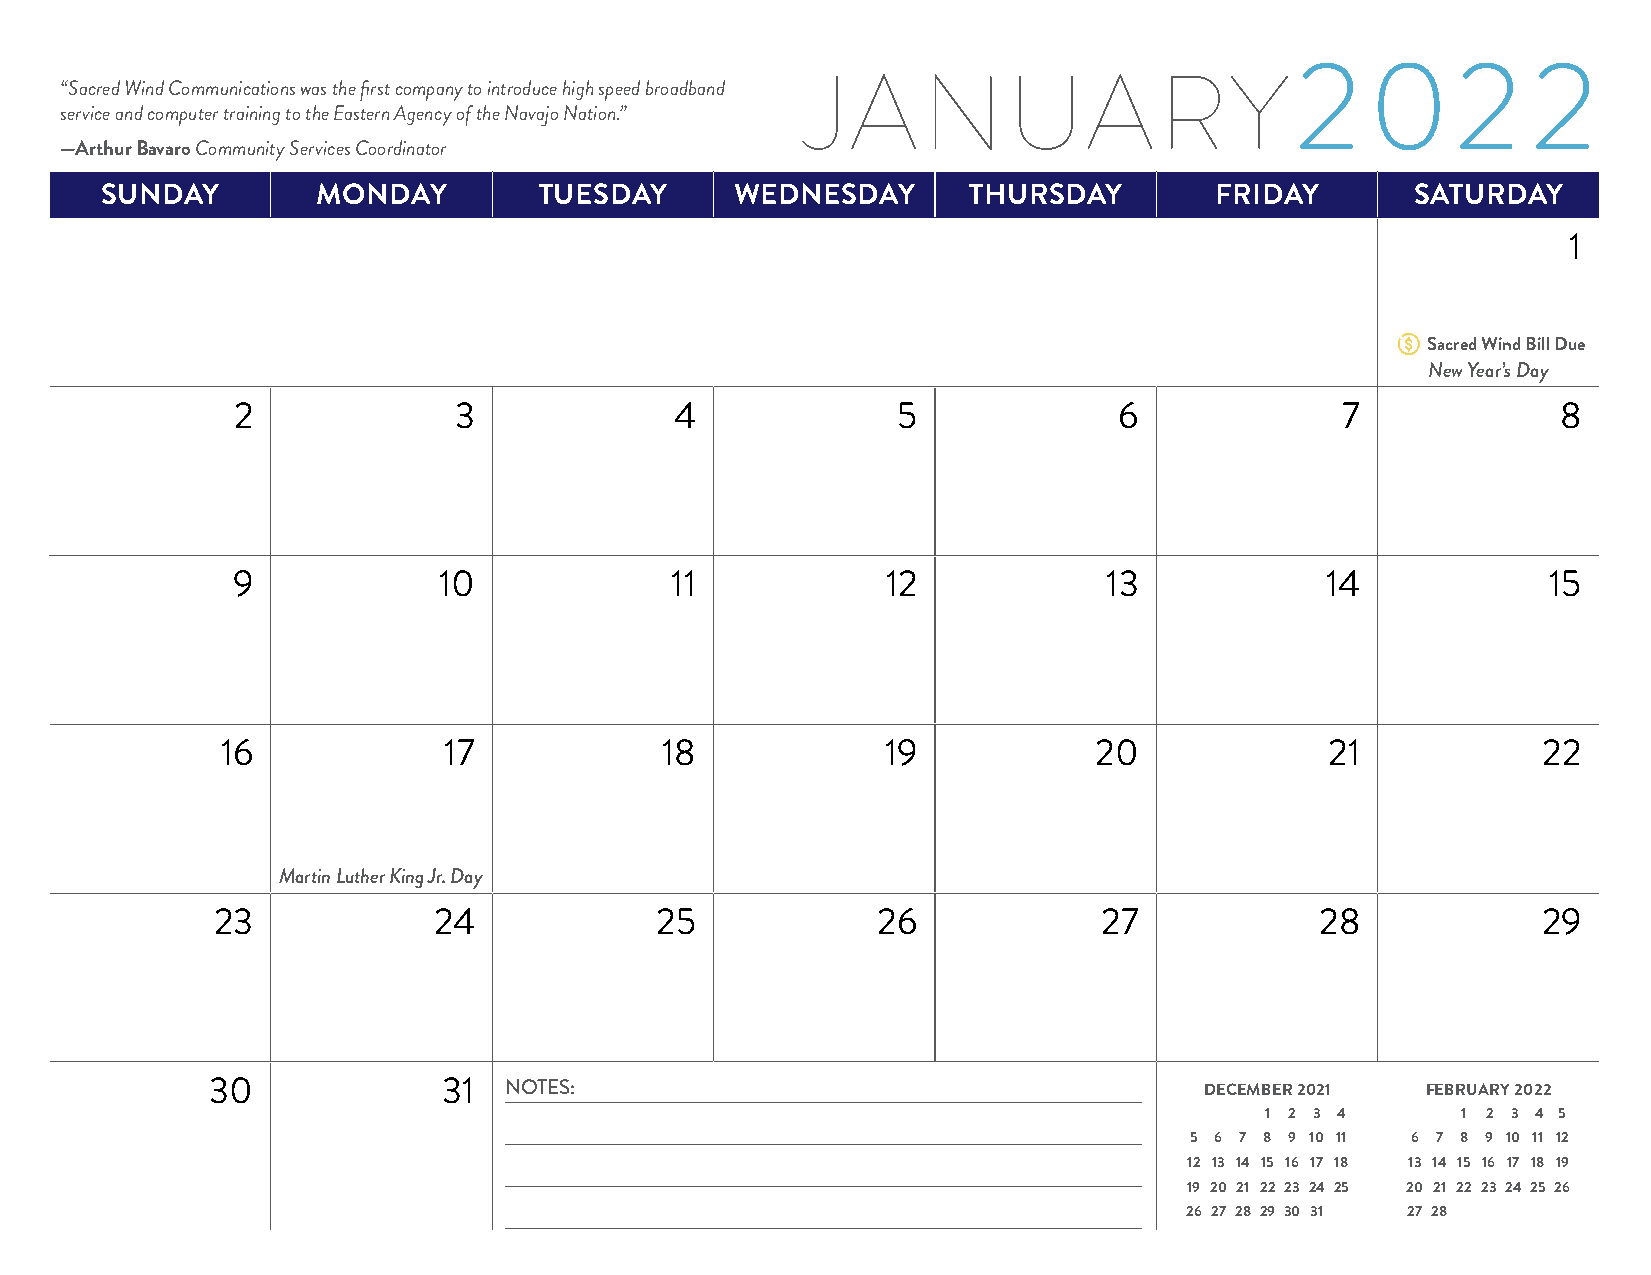
2    02        2
 “Sacred Wind Communications was the first company to introduce high speed broadband JANUARY
 service and computer training to the Eastern Agency of the Navajo Nation.”
 —Arthur Bavaro Community Services Coordinator
 SUNDAY        MONDAY         TUESDAY      WEDNESDAY      THURSDAY        FRIDAY        SATURDAY
 1
 Sacred Wind Bill Due
 New Year’s Day
 2              3              4             5              6              7             8
 9             10             11             12            13             14             15
 16            17             18             19           20              21            22
 Martin Luther King Jr. Day
 23             24            25             26             27            28             29
 30             31  NOTES:                                         DECEMBER 2021 FEBRUARY 2022
 1 2 3 4      1 2 3 4 5
 5 6 7 8 9 10 11 6 7 8 9 10 11 12
 12 13 14 15 16 17 18 13 14 15 16 17 18 19
 19 20 21 22 23 24 25 20 21 22 23 24 25 26
 26 27 28 29 30 31 27 28